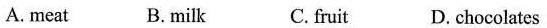
A. meat B. milk C.fruit D. chocolates